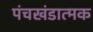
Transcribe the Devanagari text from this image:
पंचखंडात्मक